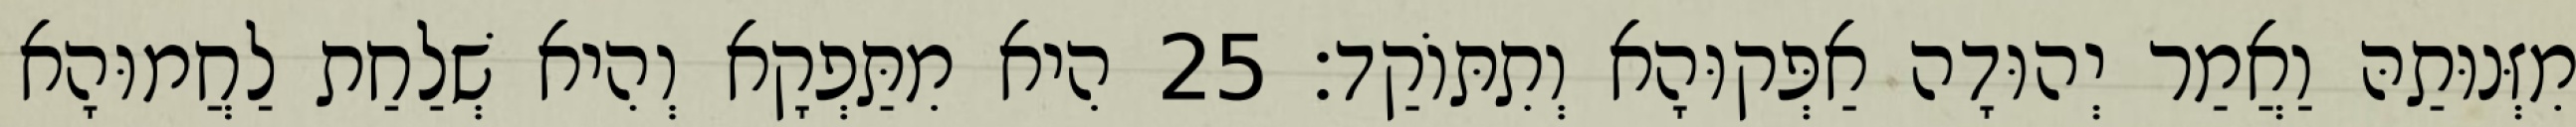
מִזְּנוּתַהּ וַאֲמַר יְהוּדָה אַפְּקוּהָא וְתִתּוֹקַד׃ 25 הִיא מִתַּפְקָא וְהִיא שְׁלַחַת לַחֲמוּהָא